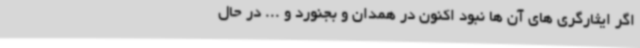
اگر ایثارگری های آن ها نبود اکنون در همدان و بجنورد و ... در حال